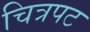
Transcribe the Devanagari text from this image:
चित्रपट